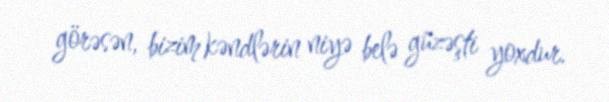
görəsən, bizim kəndlərin niyə belə güzəşti yoxdur.